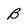
Character: B